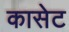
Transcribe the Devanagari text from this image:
कासेट